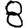
Digit: 8